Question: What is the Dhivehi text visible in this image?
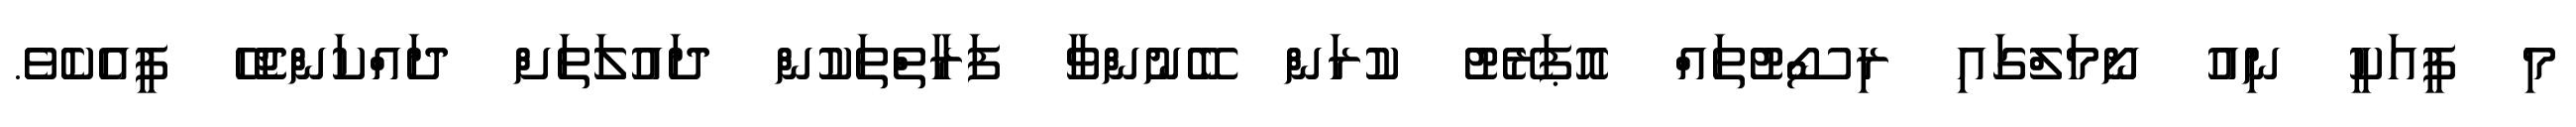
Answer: މި ފީއަކީ ނިއު ނޯމަލްގައި ރިސޯޓުތައް އޮޕަރޭޓު ކުރަން ބޭނުންވާ ފަރާތްތަކުން ދައުލަތަށް ދައްކަންޖެހޭ ފީއެކެވެ.